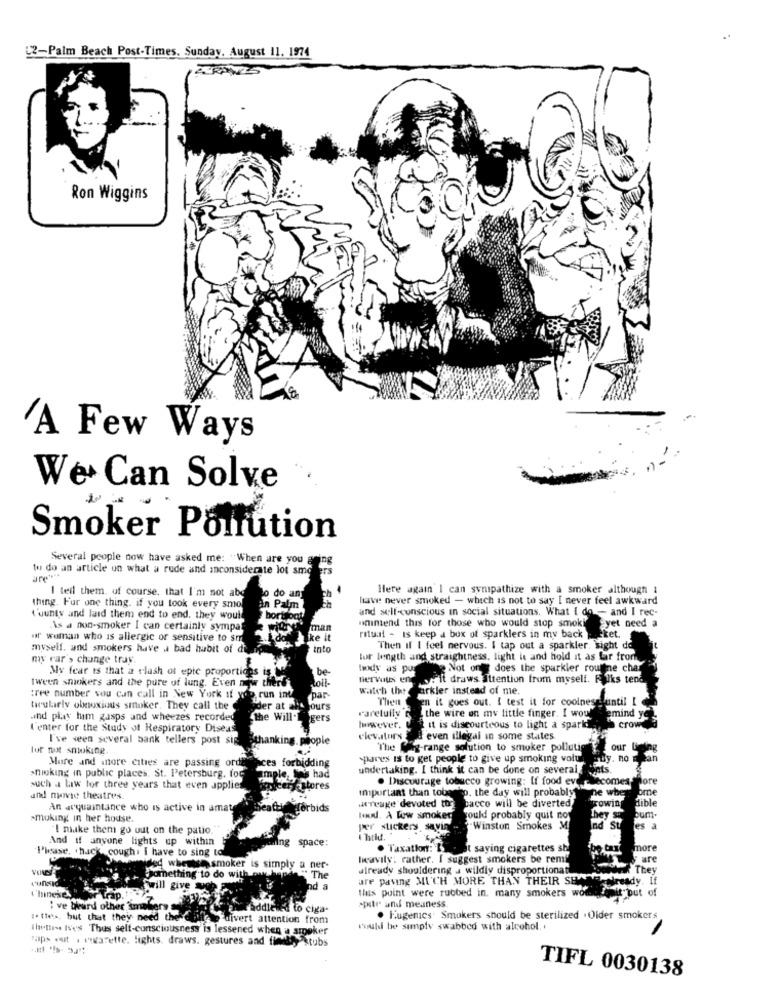
L2-Palm Beach Post-Times. Sunday, August 11. 1974
Ron Wiggins
A Few Ways
We Can Solve .
Smoker Pontution
Several people now have asked me: "When are you
to do an article un what a rude and inconsiderate lot smo
ure ***
I tell them. of course, that I'm not abe
Here again I can sympathize with a smoker although 1
do an
have never smoked - which is not to say I never feel awkward
thing. Fur one thing. if you took every smol
an Palm
and self-conscious in social situations. What I do - and I rec-
"'uunty and laid them end to end, they would
bor
ummend this for those who would stop smoki yet need a
As a non-smoker I can certainly sympat
man
ur woman who is allergic or sensitive to sm
The it
ritual - is keep a box of sparklers in my back -eket.
myself, and smokers have a bad habit of di
into
Then if I feel nervous. I tap out a sparkler, sight de
my rar's change tray
tur length and straightness, light is and hold it as far from
My fear is that a clash of epic proportices is
be-
body as por
body as porche Not one does the sparkler routine char
tween smokers and the pure of lung. Even now there
Lol !-
yait draws attention from myself. Riks tend
nervous en l
watch the ark
we? arkler instead of me.
:ree number sou can call in New York if you run int
par
Then en it goes out. I test it for coolness until I
tirularly obnoxious smoker. They call the
der at altyours
varetully'f the wire on my little finger. I woul
emind ye
and play him gasps and wheezes recorded
the Will Rogers
gers
I'enter for the Study of Respiratory Diseas
Wwwever. to it is discourteous to light a sparkd
crow
I've ween several bank tellers post sig
tha
king. people
elevators > & even illegal in some states
lor not smoking
The Wig-range solution to smoker polluti
our Dieing
More and more cities are passing ordinaces forbidding
spares is to get people to give up smoking volt
y. no mean
nicking in public places. St. Petersburg. for
undertaking. I think it can be done on several
Sats
ample, tins had
. Discourage tobucco growing: If food ev
Becomes more
such a law for three years that even applies
myautores
important than tobago. the day will probably
ne whe
bre
and movie theatres.
Acreage devoted too bacco will be diverted
TOwin
Hible
An acquaintance who is active in amate
5Forbids
smoking in her house.
Nd. A Low smoker would probably quit nor
hey si
bum-
I make them go out on the patio.
per stickers savin
Winston Smokes M
Ind St
les
And if anyone lights up within
ng space:
Please, hack, cough. I have to sing to
. Taxation: B.
At saying cigarettes sh
more
heavily: rather. I suggest smokers be remi
ure
nided wherese smoker is simply a ner-
Something to do with only.
already shouldering . wildly disproportionat
if They
" The
are paving MUCH MORE THAN THEIR SE
will give
nd a
this point were rubbed in. many smokers wo
opatr und meuness.
Fait put of
I ve beard other smafares
Ed to ciga-
:. ties, hut that they need the
divert attention from
. Eugenics Smokers should be sterilized . Older smokers
Ihavethese Ie's Thus self-consciousness is lessened when a smoker
would be simply swabbed with alcohol. .
maps out . wwwafette. lights. draws. gestures and finally stubs
TIFL 0030138